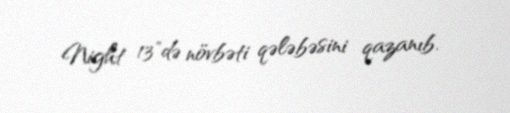
Night 13"də növbəti qələbəsini qazanıb.